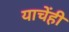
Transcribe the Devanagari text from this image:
याचेंही